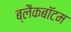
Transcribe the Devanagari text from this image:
ब्लैकबॉटम